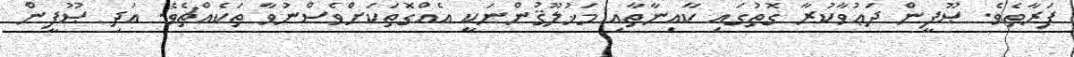
ފަރާތެވެ. ޞޫފީން ދަޢުވާކުރާ ގޮތުގައި ކާއިނާތާއި މަޚުލޫޤުންނަކީ އެއްގޮތަކަށްވެސްނުވާ ތަކެއްޗެވެ. އަދި ޞޫފީން